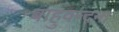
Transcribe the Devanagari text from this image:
बाहुवन्दना